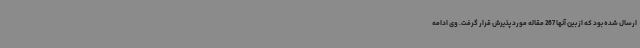
ارسال شده بود که از بین آنها 267 مقاله مورد پذیرش قرار گرفت. وی ادامه